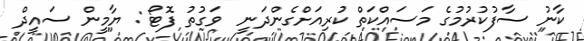
ކާނު ސާފުކުރުމުގެ މަސައްކަތް ކުރިއަށްގެންދަނީ  ވަގުތު ފޮޓޯ : ޔާމީން ސައީދް